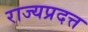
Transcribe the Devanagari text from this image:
राज्यप्रदत्त